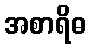
အစာရိဓ